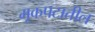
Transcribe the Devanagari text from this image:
मूकपटातील